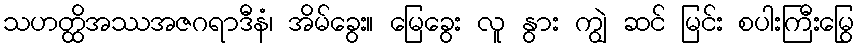
သဟတ္ထိအဿအဇဂရာဒီနံ၊ အိမ်ခွေး။ မြေခွေး လူ နွား ကျွဲ ဆင် မြင်း စပါးကြီးမြွေ